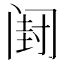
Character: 𲉂